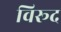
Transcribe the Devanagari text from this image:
विरूद